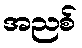
အညစ်